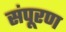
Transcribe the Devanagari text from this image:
संपूरण